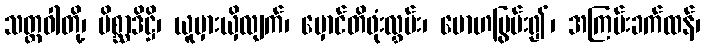
သတ္တဝါတို့၊ မိစ္ဆာဒိဋ္ဌိ၊ ယူမှားယှိလျက်၊ မှောင်တိဖုံးလွှမ်း၊ မောဟပြွမ်း၍၊ အကြမ်းခက်ထန်၊